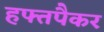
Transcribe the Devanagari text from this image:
हफ्तपैकर